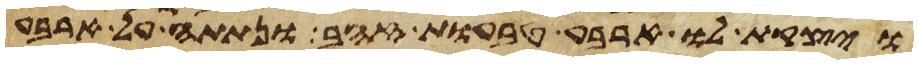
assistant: ויצקת לו ארבע טבעות זהב ונתתה על ארבע